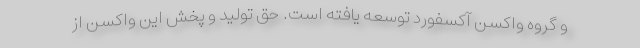
و گروه واکسن آکسفورد توسعه یافته است. حق تولید و پخش این واکسن از